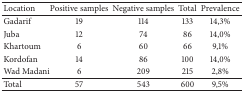
<table><thead><tr><td><b>Location</b></td><td><b>Positive samples</b></td><td><b>Negative samples</b></td><td><b>Total</b></td><td><b>Prevalence</b></td></tr></thead><tbody><tr><td>Gadarif</td><td>19</td><td>114</td><td>133</td><td>14,3%</td></tr><tr><td>Juba</td><td>12</td><td>74</td><td>86</td><td>14,0%</td></tr><tr><td>Khartoum</td><td>6</td><td>60</td><td>66</td><td>9,1%</td></tr><tr><td>Kordofan</td><td>14</td><td>86</td><td>100</td><td>14,0%</td></tr><tr><td>Wad Madani</td><td>6</td><td>209</td><td>215</td><td>2,8%</td></tr><tr><td>Total</td><td>57</td><td>543</td><td>600</td><td>9,5%</td></tr></tbody></table>